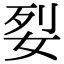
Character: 姴